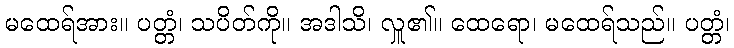
မထေရ်အား။ ပတ္တံ၊ သပိတ်ကို။ အဒါသိ၊ လှူ၏။ ထေရော၊ မထေရ်သည်။ ပတ္တံ၊